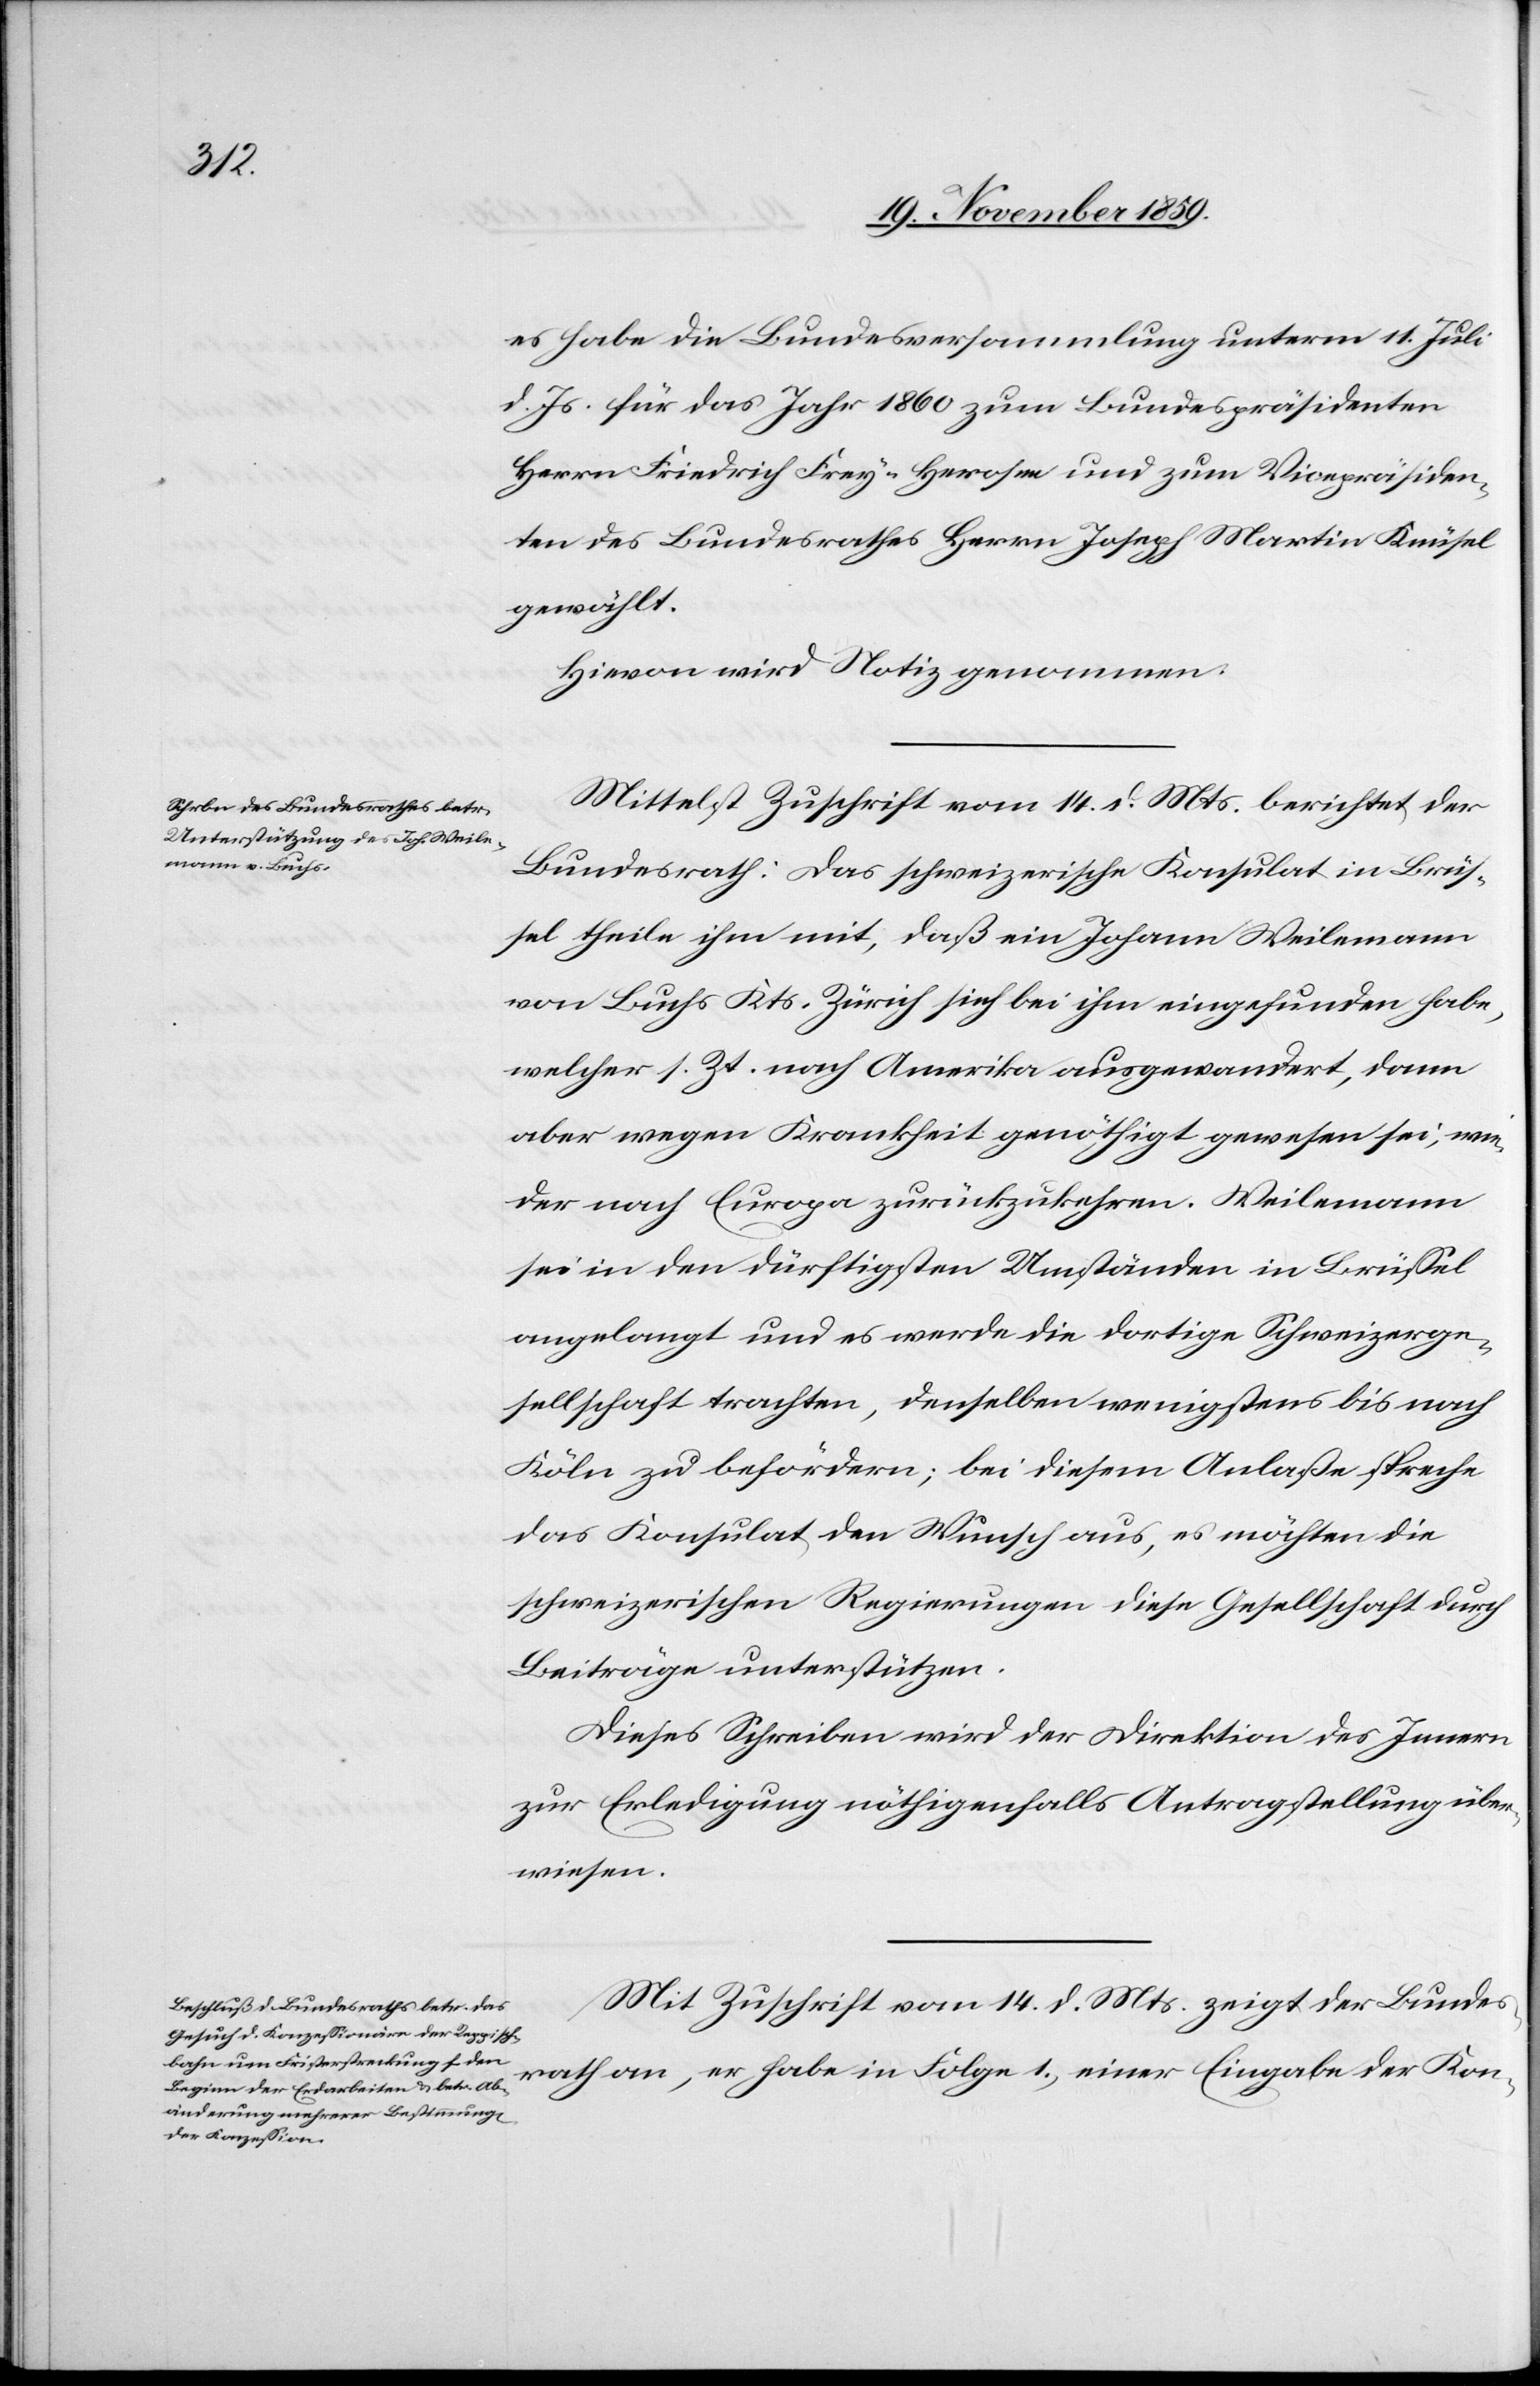
es habe die Bundesversammlung unterm 11. Juli
d. Js. für das Jahr 1860 zum Bundespräsidenten
Herrn Friedrich Frey-Herosee und zum Vicepräsiden¬
ten des Bundesrathes Herrn Joseph Martin Knüsel
gewählt.
Hievon wird Notiz genommen.
Mittelst Zuschrift vom 14. d. Mts. berichtet der
Bundesrath: Das schweizerische Konsulat in Brüs¬
sel theile ihm mit, daß ein Johann Weilemann
von Buchs Kts. Zürich sich bei ihm eingefunden habe,
welcher s. Zt. nach Amerika ausgewandert, dann
aber wegen Krankheit genöthigt gewesen sei, wie¬
der nach Europa zurückzukehren. Weilemann
sei in den dürftigsten Umständen in Brüssel
angelangt und es werde die dortige Schweizerge¬
sellschaft trachten, denselben wenigstens bis nach
Köln zu befördern; bei diesem Anlaße spreche
das Konsulat den Wunsch aus, es möchten die
schweizerischen Regierungen diese Gesellschaft durch
Beiträge unterstützen.
Dieses Schreiben wird der Direktion des Innern
zur Erledigung nöthigenfalls Antragstellung über¬
wiesen.
Mit Zuschrift vom 14. d. Mts. zeigt der Bundes¬
rath an, er habe in Folge 1.) einer Eingabe der Kon-